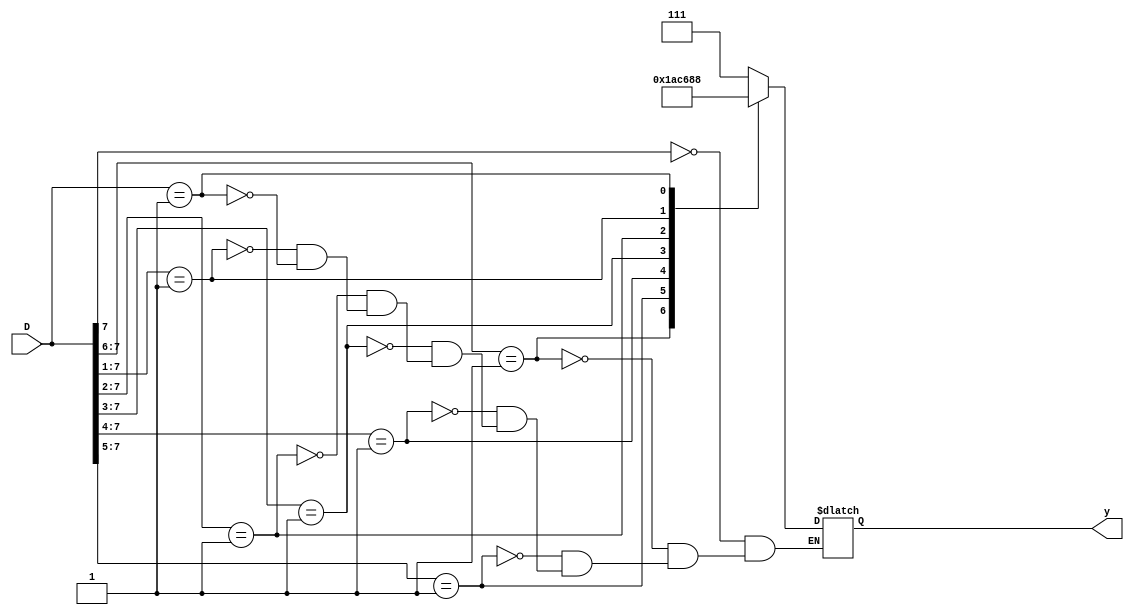
`timescale 1ns / 1ps
//////////////////////////////////////////////////////////////////////////////////
// Company: 
// Engineer: 
// 
// Design Name: 
// Module Name: priority_encoder
// Project Name: 
// Target Devices: 
// Tool Versions: 
// Description: 
// 
// Dependencies: 
// 
// Revision:
// Revision 0.01 - File Created
// Additional Comments:
// 
//////////////////////////////////////////////////////////////////////////////////


module priority_encoder(
input [7:0] D,
output reg [2:0] y);
always@(D) begin
casex(D)
8'b1xxx_xxxx: y = 3'b111;
8'b01xx_xxxx: y = 3'b110;
8'b001x_xxxx: y = 3'b101;
8'b0001_xxxx: y = 3'b100;
8'b0000_1xxx: y = 3'b011;
8'b0000_01xx: y = 3'b010;
8'b0000_001x: y = 3'b001;
8'b0000_0001: y = 3'b000;
default: $display("Invalid data received");
endcase
end
endmodule